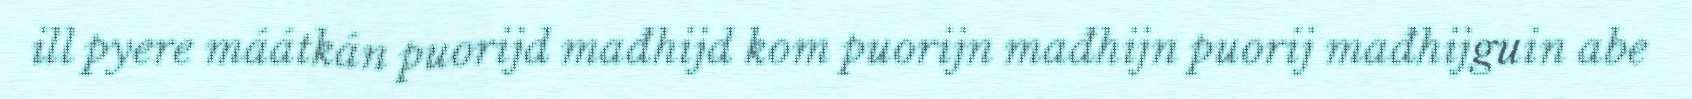
ill pyere máátkán puorijd mađhijd kom puorijn mađhijn puorij mađhijguin abe